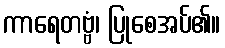
ကာရေတဗ္ဗံ၊ ပြုစေအပ်၏။